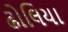
ઢોલિયા